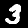
Digit: 3